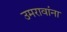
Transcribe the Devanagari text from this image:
उमरावांना